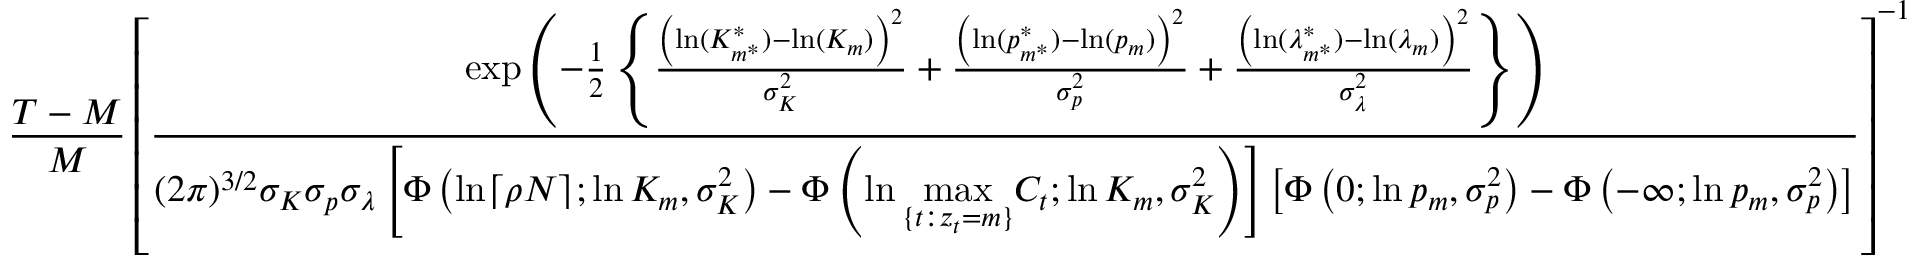
\frac { T - M } { M } \left[ \frac { \exp \left( - \frac { 1 } { 2 } \left\{ \frac { \left( \ln ( K _ { m ^ { * } } ^ { * } ) - \ln ( K _ { m } ) \right) ^ { 2 } } { \sigma _ { K } ^ { 2 } } + \frac { \left( \ln ( p _ { m ^ { * } } ^ { * } ) - \ln ( p _ { m } ) \right) ^ { 2 } } { \sigma _ { p } ^ { 2 } } + \frac { \left( \ln ( \lambda _ { m ^ { * } } ^ { * } ) - \ln ( \lambda _ { m } ) \right) ^ { 2 } } { \sigma _ { \lambda } ^ { 2 } } \right\} \right) } { ( 2 \pi ) ^ { 3 / 2 } \sigma _ { K } \sigma _ { p } \sigma _ { \lambda } \left[ \Phi \left( \ln \lceil \rho N \rceil ; \ln K _ { m } , \sigma _ { K } ^ { 2 } \right) - \Phi \left( \ln \underset { \{ t : z _ { t } = m \} } { \operatorname* { m a x } } C _ { t } ; \ln K _ { m } , \sigma _ { K } ^ { 2 } \right) \right] \left[ \Phi \left( 0 ; \ln p _ { m } , \sigma _ { p } ^ { 2 } \right) - \Phi \left( - \infty ; \ln p _ { m } , \sigma _ { p } ^ { 2 } \right) \right] } \right] ^ { - 1 }